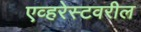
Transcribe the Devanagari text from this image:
एव्हरेस्टवरील